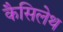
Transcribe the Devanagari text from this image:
कैसिलेथ